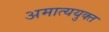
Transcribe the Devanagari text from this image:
अमात्ययुक्त